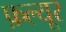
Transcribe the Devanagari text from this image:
फ़ल्यूर